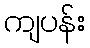
ကျပန်း